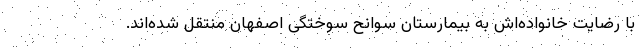
با رضایت خانواده‌اش به بیمارستان سوانح سوختگی اصفهان منتقل شده‌اند.